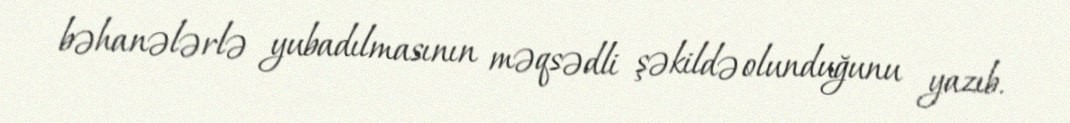
bəhanələrlə yubadılmasının məqsədli şəkildə olunduğunu yazıb.